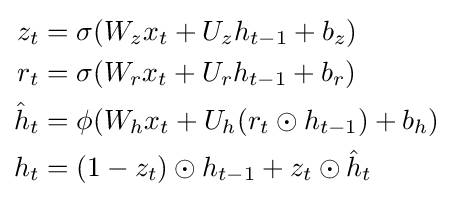
{\begin{aligned}z_{t}&=\sigma (W_{z}x_{t}+U_{z}h_{t-1}+b_{z})\\r_{t}&=\sigma (W_{r}x_{t}+U_{r}h_{t-1}+b_{r})\\{\hat {h}}_{t}&=\phi (W_{h}x_{t}+U_{h}(r_{t}\odot h_{t-1})+b_{h})\\h_{t}&=(1-z_{t})\odot h_{t-1}+z_{t}\odot {\hat {h}}_{t}\end{aligned}}